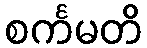
စင်္ကမတိ